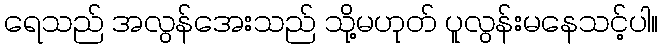
ရေသည် အလွန်အေးသည် သို့မဟုတ် ပူလွန်းမနေသင့်ပါ။